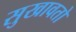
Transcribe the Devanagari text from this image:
सुखावतो